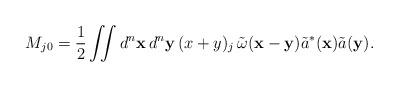
LaTeX: \begin{align*}M_{j0}=\frac{1}{2} \iint d^n \mathbf{x} \, d^n \mathbf{y}\, (x+y)_j\, \tilde{\omega}(\mathbf{x}-\mathbf{y}) \tilde{a}^*(\mathbf{x}) \tilde{a}(\mathbf{y}) .\end{align*}